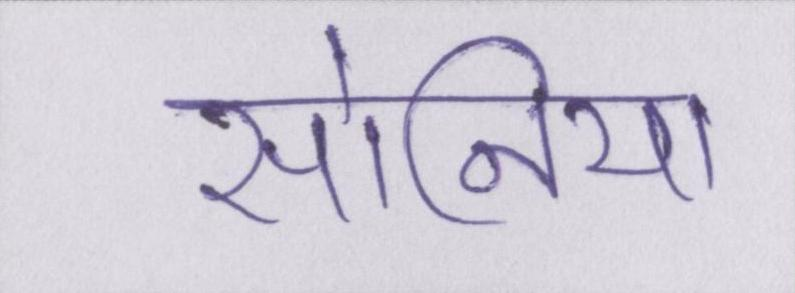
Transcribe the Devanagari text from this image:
सोनिया